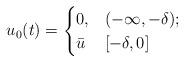
LaTeX: \begin{align*} u_0(t) = \begin{cases} 0, & ( - \infty, -\delta); \\ \bar{u} & [-\delta,0] \end{cases} \end{align*}